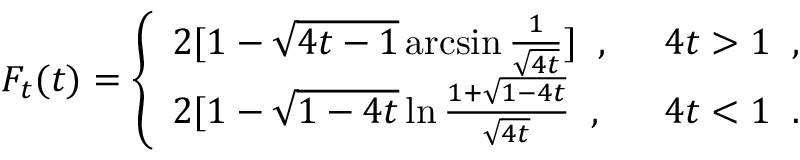
F _ { t } ( t ) = \left\{ \begin{array} { l l } { { 2 [ 1 - \sqrt { 4 t - 1 } \arcsin \frac { 1 } { \sqrt { 4 t } } ] \; \; , } } & { { \; \; 4 t > 1 \; \; , } } \\ { { 2 [ 1 - \sqrt { 1 - 4 t } \ln \frac { 1 + \sqrt { 1 - 4 t } } { \sqrt { 4 t } } \; \; , } } & { { \; \; 4 t < 1 \; \; . } } \end{array} \right.